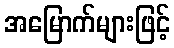
အမြောက်များဖြင့်